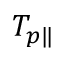
T _ { p \| }